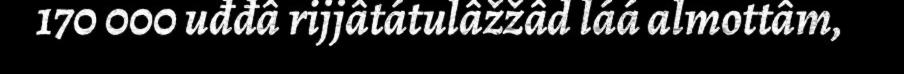
170 000 uđđâ rijjâtátulâžžâd láá almottâm,